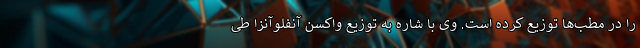
را در مطب‌ها توزیع کرده است. وی با شاره به توزیع واکسن آنفلوآنزا طی